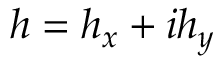
h = h _ { x } + i h _ { y }